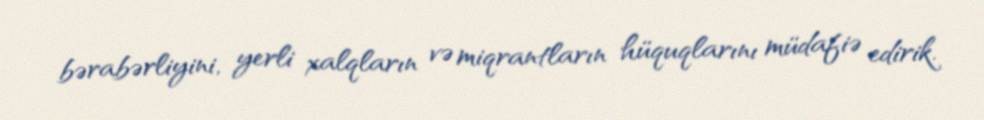
bərabərliyini, yerli xalqların və miqrantların hüquqlarını müdafiə edirik.